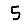
Digit: 5